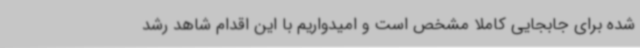
شده برای جابجایی کاملاً مشخص است و امیدواریم با این اقدام شاهد رشد